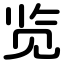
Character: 览